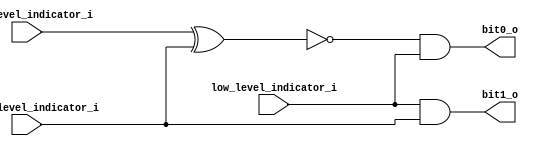
/* Encodes the eight measurement possibilities 
   of the water tank into four possibilities. */

module encoder_water_tank_level
(
	input  high_level_indicator_i,
	input  medium_level_indicator_i,
	input  low_level_indicator_i,
	output bit0_o,
	output bit1_o
);
	
	// Declaring wires
	wire w0;
	
	// Applying XNOR gate to high and medium level signals
	xnor xnor0
	(
		w0, high_level_indicator_i, 
		medium_level_indicator_i
	);
	
	// Computing the output values
	and bit0_value(bit0_o, w0, low_level_indicator_i);
	and bit1_value
	(
		bit1_o, low_level_indicator_i, 
		medium_level_indicator_i
	);
	
endmodule